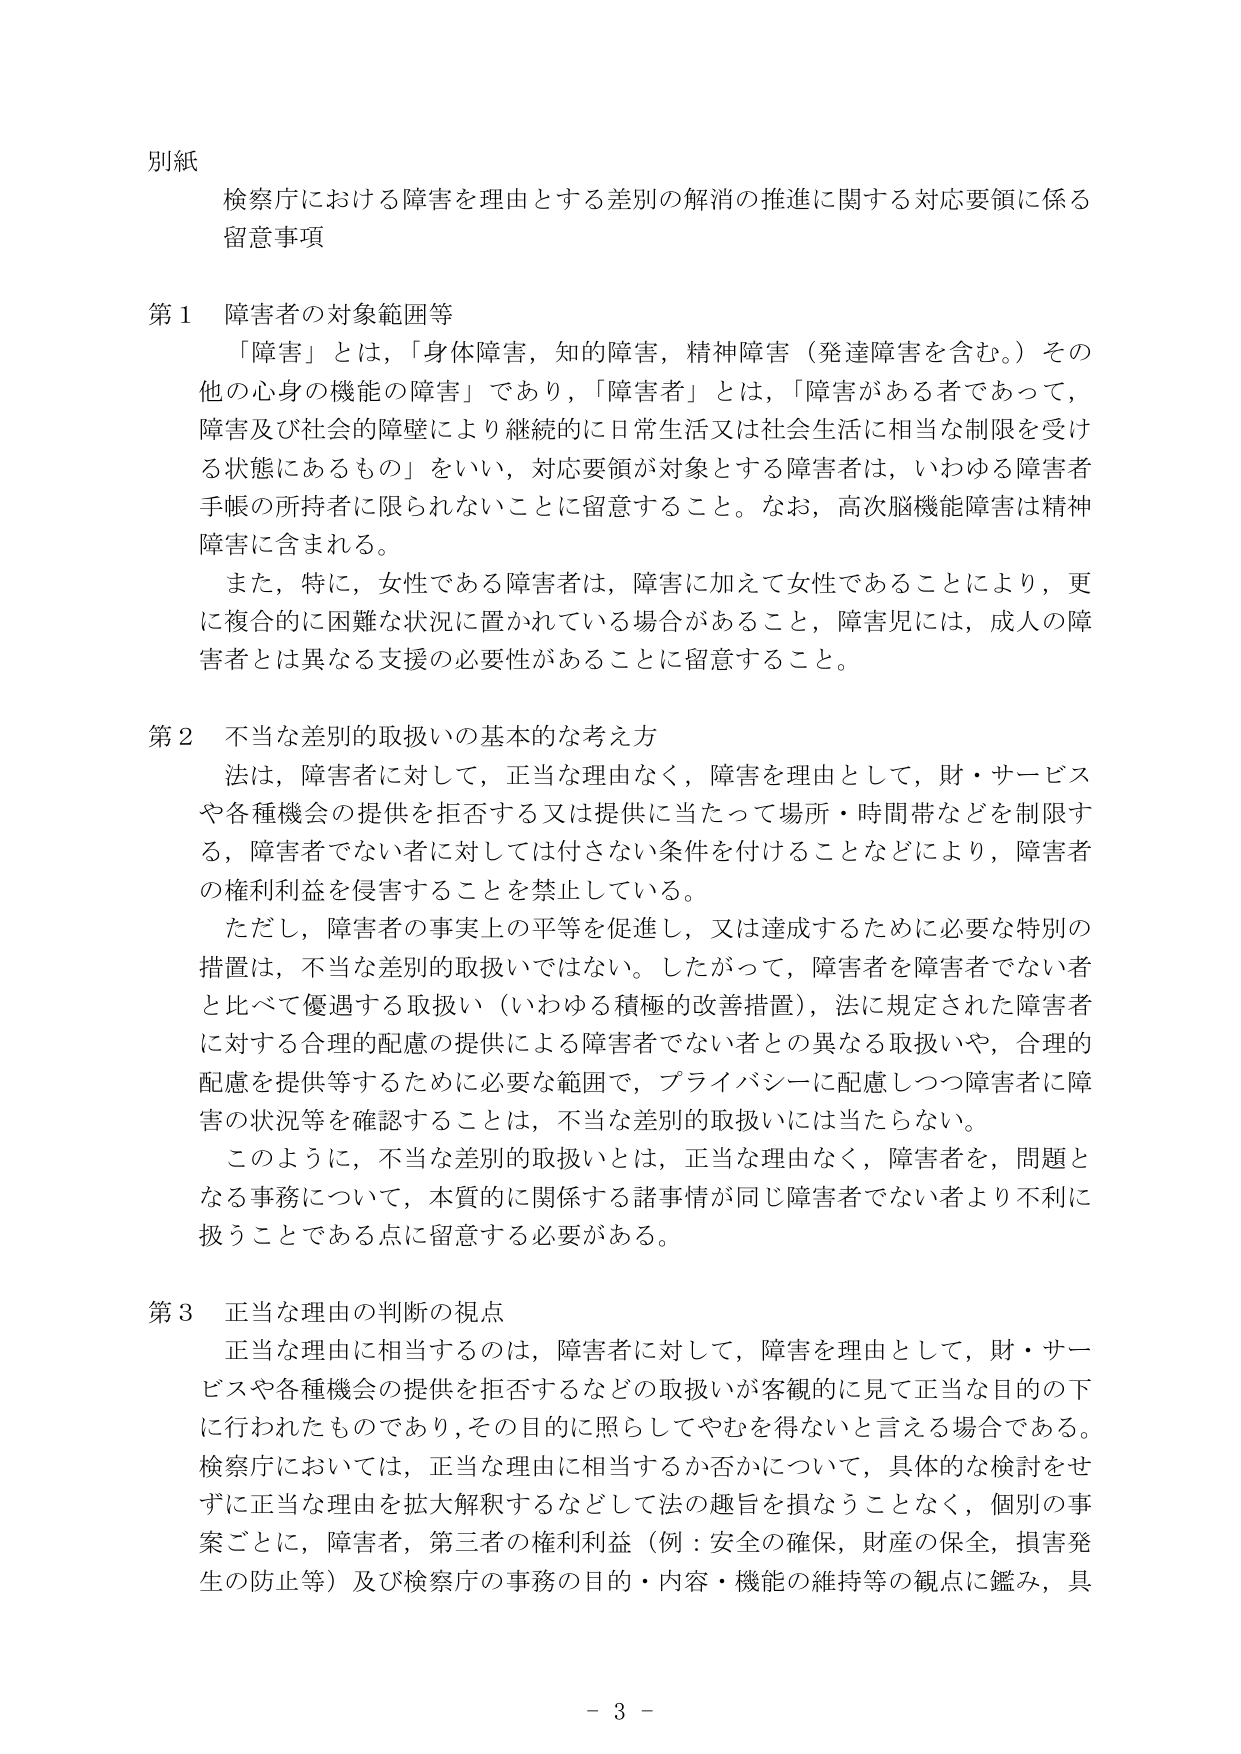
別紙
検察庁における障害を理由とする差別の解消の推進に関する対応要領に係る
留意事項

第１ 障害者の対象範囲等
「障害」とは、「身体障害、知的障害、精神障害（発達障害を含む。）その他の心身の機能の障害」であり、「障害者」とは、「障害がある者であって、障害及び社会的障壁により継続的に日常生活又は社会生活に相当な制限を受ける状態にあるもの」をいい、対応要領が対象とする障害者は、いわゆる障害者手帳の所持者に限られないことに留意すること。なお、高次脳機能障害は精神障害に含まれる。
また、特に、女性である障害者は、障害に加えて女性であることにより、更に複合的に困難な状況に置かれている場合があること、障害児には、成人の障害者とは異なる支援の必要性があることに留意すること。

第２ 不当な差別的取扱いの基本的な考え方
法は、障害者に対して、正当な理由なく、障害を理由として、財・サービスや各種機会の提供を拒否する又は提供に当たって場所・時間帯などを制限する、障害者でない者に対しては付さない条件を付けることなどにより、障害者の権利利益を侵害することを禁止している。
ただし、障害者の事実上の平等を促進し、又は達成するために必要な特別の措置は、不当な差別的取扱いではない。したがって、障害者を障害者でない者と比べて優遇する取扱い（いわゆる積極的改善措置）、法に規定された障害者に対する合理的配慮の提供による障害者でない者との異なる取扱いや、合理的配慮を提供等するために必要な範囲で、プライバシーに配慮しつつ障害者に障害の状況等を確認することは、不当な差別的取扱いには当たらない。
このように、不当な差別的取扱いとは、正当な理由なく、障害者を、問題となる事務について、本質的に関係する諸事情が同じ障害者でない者より不利に扱うことである点に留意する必要がある。

第３ 正当な理由の判断の視点
正当な理由に相当するのは、障害者に対して、障害を理由として、財・サービスや各種機会の提供を拒否するなどの取扱いが客観的に見て正当な目的の下に行われたものであり、その目的に照らしてやむを得ないと言える場合である。検察庁においては、正当な理由に相当するか否かについて、具体的な検討をせずに正当な理由を拡大解釈するなどして法の趣旨を損なうことなく、個別の事案ごとに、障害者、第三者の権利利益（例：安全の確保、財産の保全、損害発生の防止等）及び検察庁の事務の目的・内容・機能の維持等の観点に鑑み、具

－ 3 －